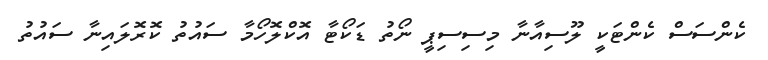
ކެންސަސް ކެންޓަކީ ލޫސިއާނާ މިސިސިޕީ ނޯތު ޑަކޯޓާ އޮކްލޮހޯމާ ސައުތު ކޮރޮލައިނާ ސައުތު